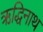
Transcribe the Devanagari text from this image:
ऋद्धिनाथ